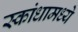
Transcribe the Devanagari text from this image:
स्कांधामध्ये